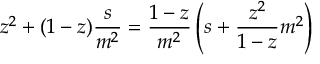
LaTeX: z ^ { 2 } + ( 1 - z ) \frac { s } { m ^ { 2 } } = \frac { 1 - z } { m ^ { 2 } } \left( s + \frac { z ^ { 2 } } { 1 - z } m ^ { 2 } \right)